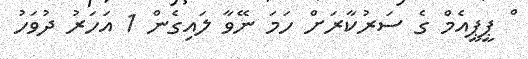
ް ޕީޕީއެމް ގެ ސަރުކާރަށް ހަމަ ނޭވާ ލައިގެން 1 އަހަރު ދުވަހު